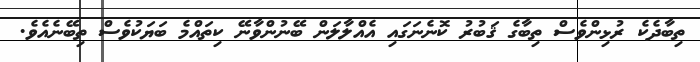
ތިބާދެކެ ރުޅިންވެސް ތިބާގެ ޤަބުރު ކޮނެނަގައި އެއްލާލަން ބޭނުންވާނޭ ކިތައްމެ ބަޔަކުވެސް ތިބޭނެއެވެ.